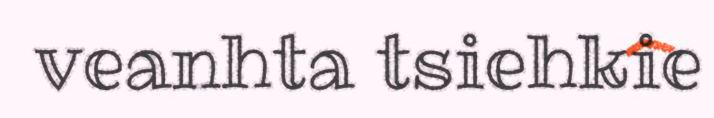
veanhta tsiehkie